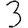
Digit: 3